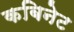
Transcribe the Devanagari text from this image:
कबिनेट